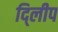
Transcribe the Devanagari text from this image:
दि्लीप